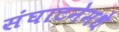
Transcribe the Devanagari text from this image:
संघाटनेमधे